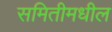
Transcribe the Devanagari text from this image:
समितीमधील